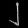
Digit: ၂